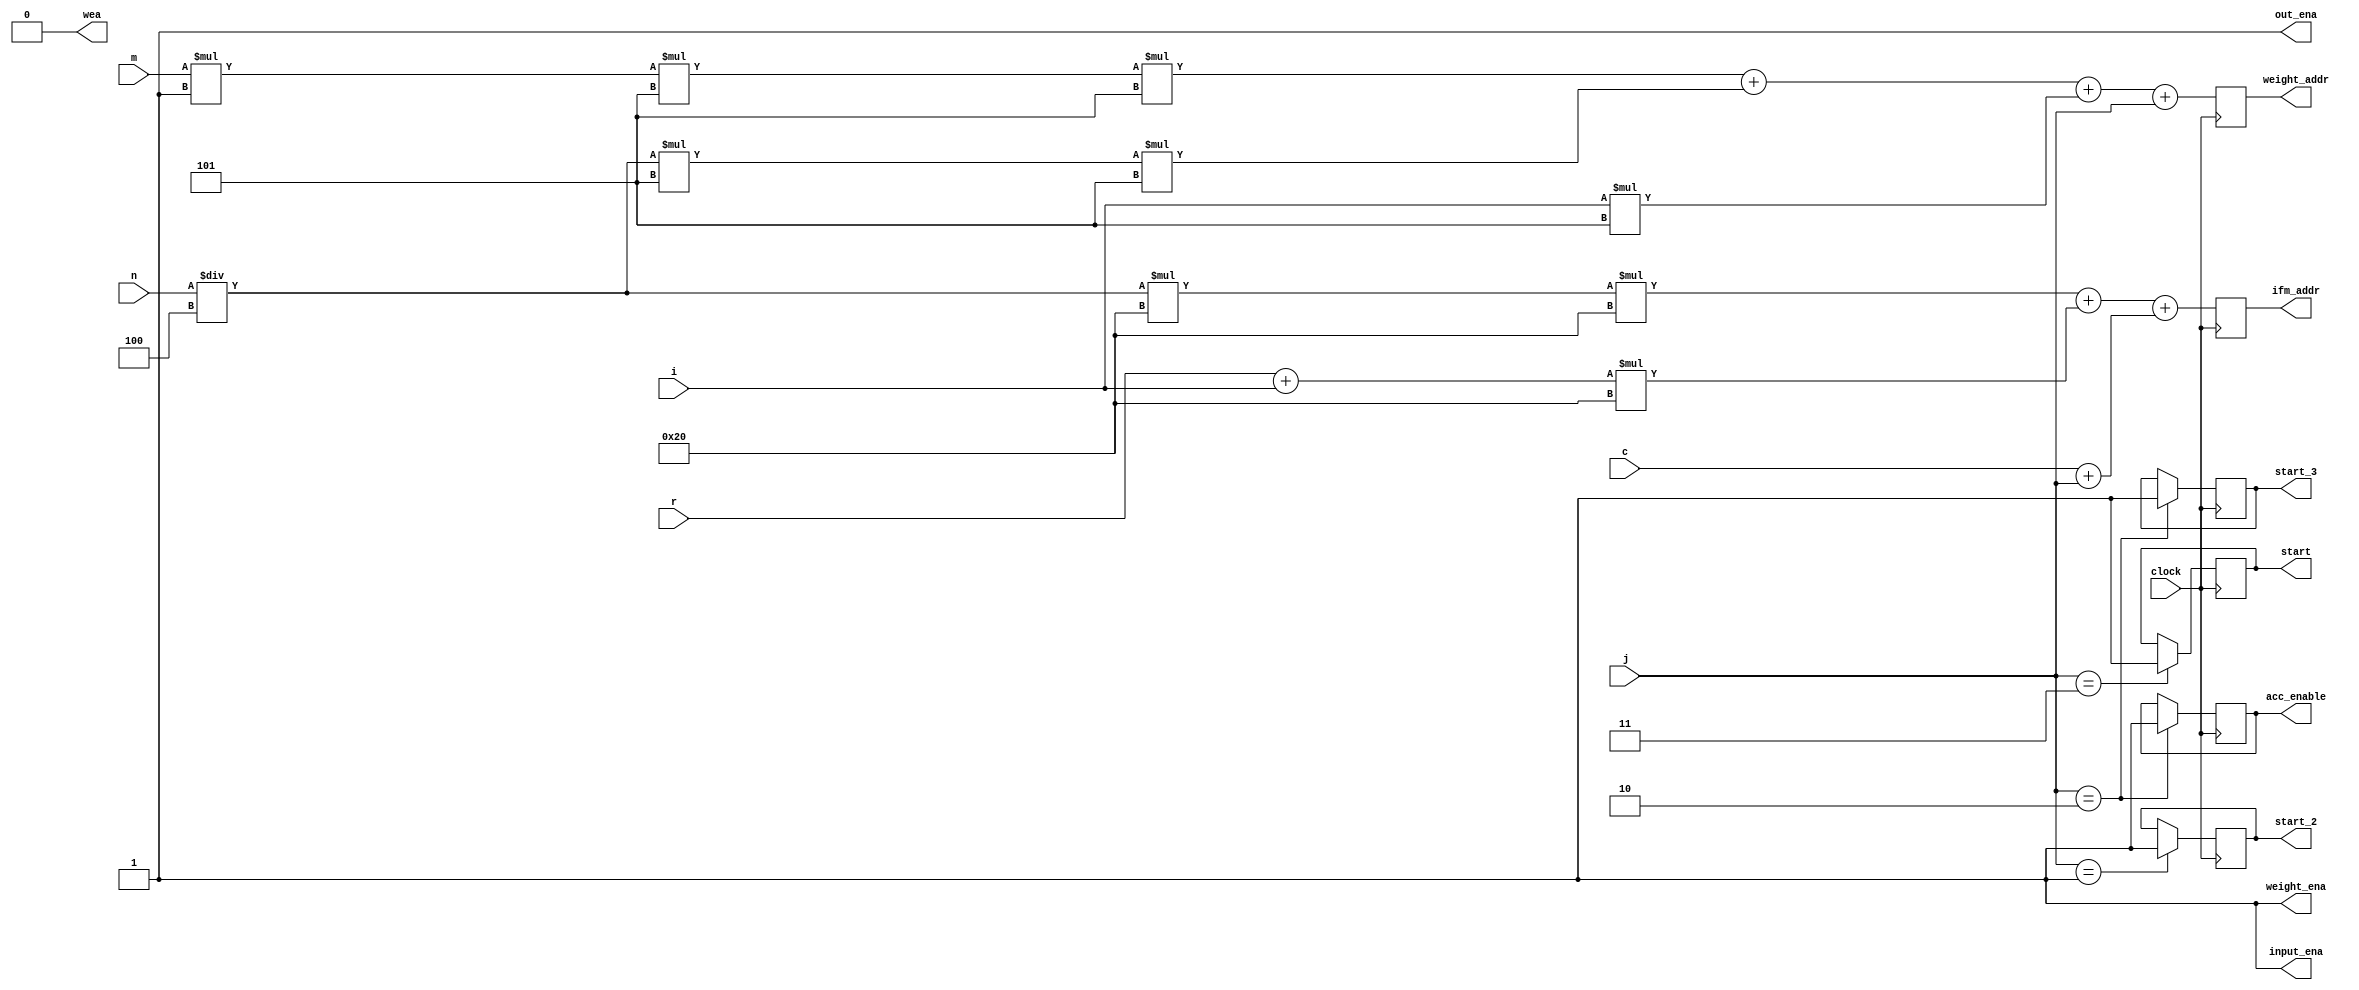
module controller(
    clock
    ,m
    ,r
    ,c
    ,n
    ,i
    ,j
    ,ifm_addr
    ,weight_addr
//    ,out_addr
    ,weight_ena
    ,input_ena
    ,out_ena
    ,wea
    //,out_wea             // output buf write enable
    ,acc_enable
    ,start
    ,start_2  
    ,start_3          
//    ,out_chan_idx       // output channel index: 0~3
//    ,cell_ready           // the value in 16 registers is ready to go into output buffer
    );
    
input clock;
input [7:0] m;
input [7:0] r;
input [7:0] c;
input [7:0] n;
input [3:0] i;
input [3:0] j;

output [15:0] ifm_addr;
output [15:0] weight_addr;
//output [15:0] out_addr;
output weight_ena = 1;
output input_ena = 1;
output out_ena = 1;
output wea;

output acc_enable;
output start;
output start_2;
output start_3;
//output [1:0] out_chan_idx;


reg [15:0] ifm_addr=1'bZ;
reg [15:0] weight_addr=1'bZ;
//reg [15:0] out_addr;
wire [3:0] out_reg_idx;

reg weight_ena;
reg input_ena;
reg out_ena;

reg wea = 0;

reg acc_enable = 0;  // when the accumulator start working
reg start = 0; // when the neuron_ok start working
reg start_2 = 0; // control output address
reg start_3 = 0;
//reg [3:0] out_chan_idx = 0;  // temporary set as first channel



reg [3:0] k = 5;
reg [7:0] in_size = 8'd32;
reg [7:0] in_channel = 1;
reg [7:0] out_size = 8'd28;
reg [7:0] out_channel = 6;

always@(posedge clock) begin
    ifm_addr <= (n/4)*in_size*in_size + (r+i)*in_size + (c+j);
    weight_addr <= m*in_channel*k*k + (n/4)*k*k + i*k + j;
    if(j == 3) start <= 1;
    if(j == 1) start_2 <= 1;
    if(j == 2) start_3 <= 1;
    if(j == 2) acc_enable <= 1;
//    out_addr_i <= r*out_size + c;
    end
    
//shift_reg out_addr_delay(
//    .clk(clock),
//    .in(out_addr_i),
//    .out(out_addr));

//shift_reg out_reg_delay(
//    .clk(clock),
//    .in(out_addr_i),
//    .out(out_reg_idx));
        
endmodule
module shift_reg(
    clk
    ,in
    ,out
    );
 input clk;
 input [7:0] in;
 output [7:0] out;
 
 reg [7:0] r1;
 reg [7:0] r2;
 reg [7:0] r3;
 reg [7:0] r4;
 reg [7:0] r5;
 reg [7:0] r6;
 reg [7:0] r7;
 reg [7:0] r8;
 reg [7:0] out;
 always@(posedge clk) begin
    r1 <= in;
    r2 <= r1;
    r3 <= r2;
    r4 <= r3;
    r5 <= r4;
    r6 <= r5;
    r7 <= r6;
    r8 <= r7;
    out <= r8;  
 end
 
 endmodule